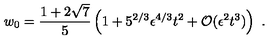
w _ { 0 } = { \frac { 1 + 2 \sqrt { 7 } } { 5 } } \left( 1 + 5 ^ { 2 / 3 } \epsilon ^ { 4 / 3 } t ^ { 2 } + { \cal O } ( \epsilon ^ { 2 } t ^ { 3 } ) \right) \ .